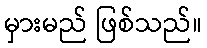
မှားမည် ဖြစ်သည်။